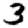
Digit: 3